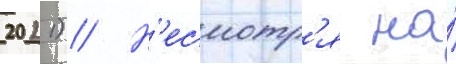
2021) // Н'есмотр'я на́